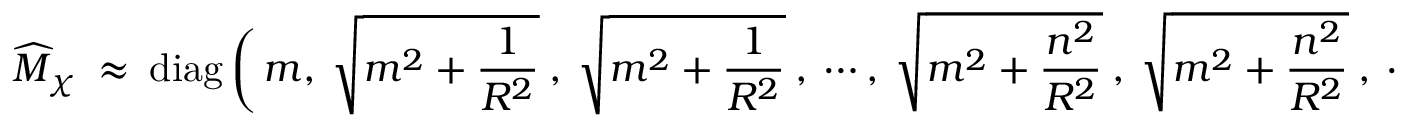
\widehat { \cal M } _ { \chi } \ \approx \ \mathrm { d i a g } \, \bigg ( \, m , \ \sqrt { m ^ { 2 } + \frac { 1 } { R ^ { 2 } } } \ , \ \sqrt { m ^ { 2 } + \frac { 1 } { R ^ { 2 } } } \ , \ \cdots , \ \sqrt { m ^ { 2 } + \frac { n ^ { 2 } } { R ^ { 2 } } } \ , \ \sqrt { m ^ { 2 } + \frac { n ^ { 2 } } { R ^ { 2 } } } \ , \ \cdots \, \bigg ) \, .